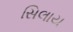
સિલાય